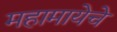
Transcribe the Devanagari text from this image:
महामायेचे